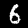
Label: 6